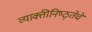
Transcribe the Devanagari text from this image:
व्याक्तीनिष्ठ्तेचे